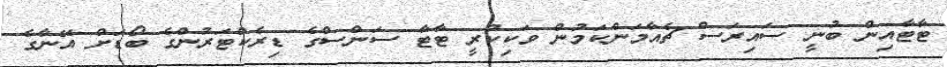
ޓާޓާއިން ބުނީ ސައިރަސް ޗެއާމަންކަމުން ވަކިކުރީ ޓާޓާ ސަންސްގެ ޑިރެކްޓަރުންގެ ބޯޑަށް އޭނާގެ